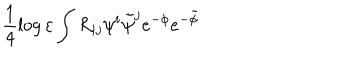
LaTeX: \frac 1 4 \log \varepsilon \int R _ { i j } \psi ^ { i } \tilde { \psi } ^ { j } e ^ { - \phi } e ^ { - \tilde { \phi } }